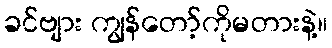
ခင်ဗျား ကျွန်တော့်ကိုမတားနဲ့။